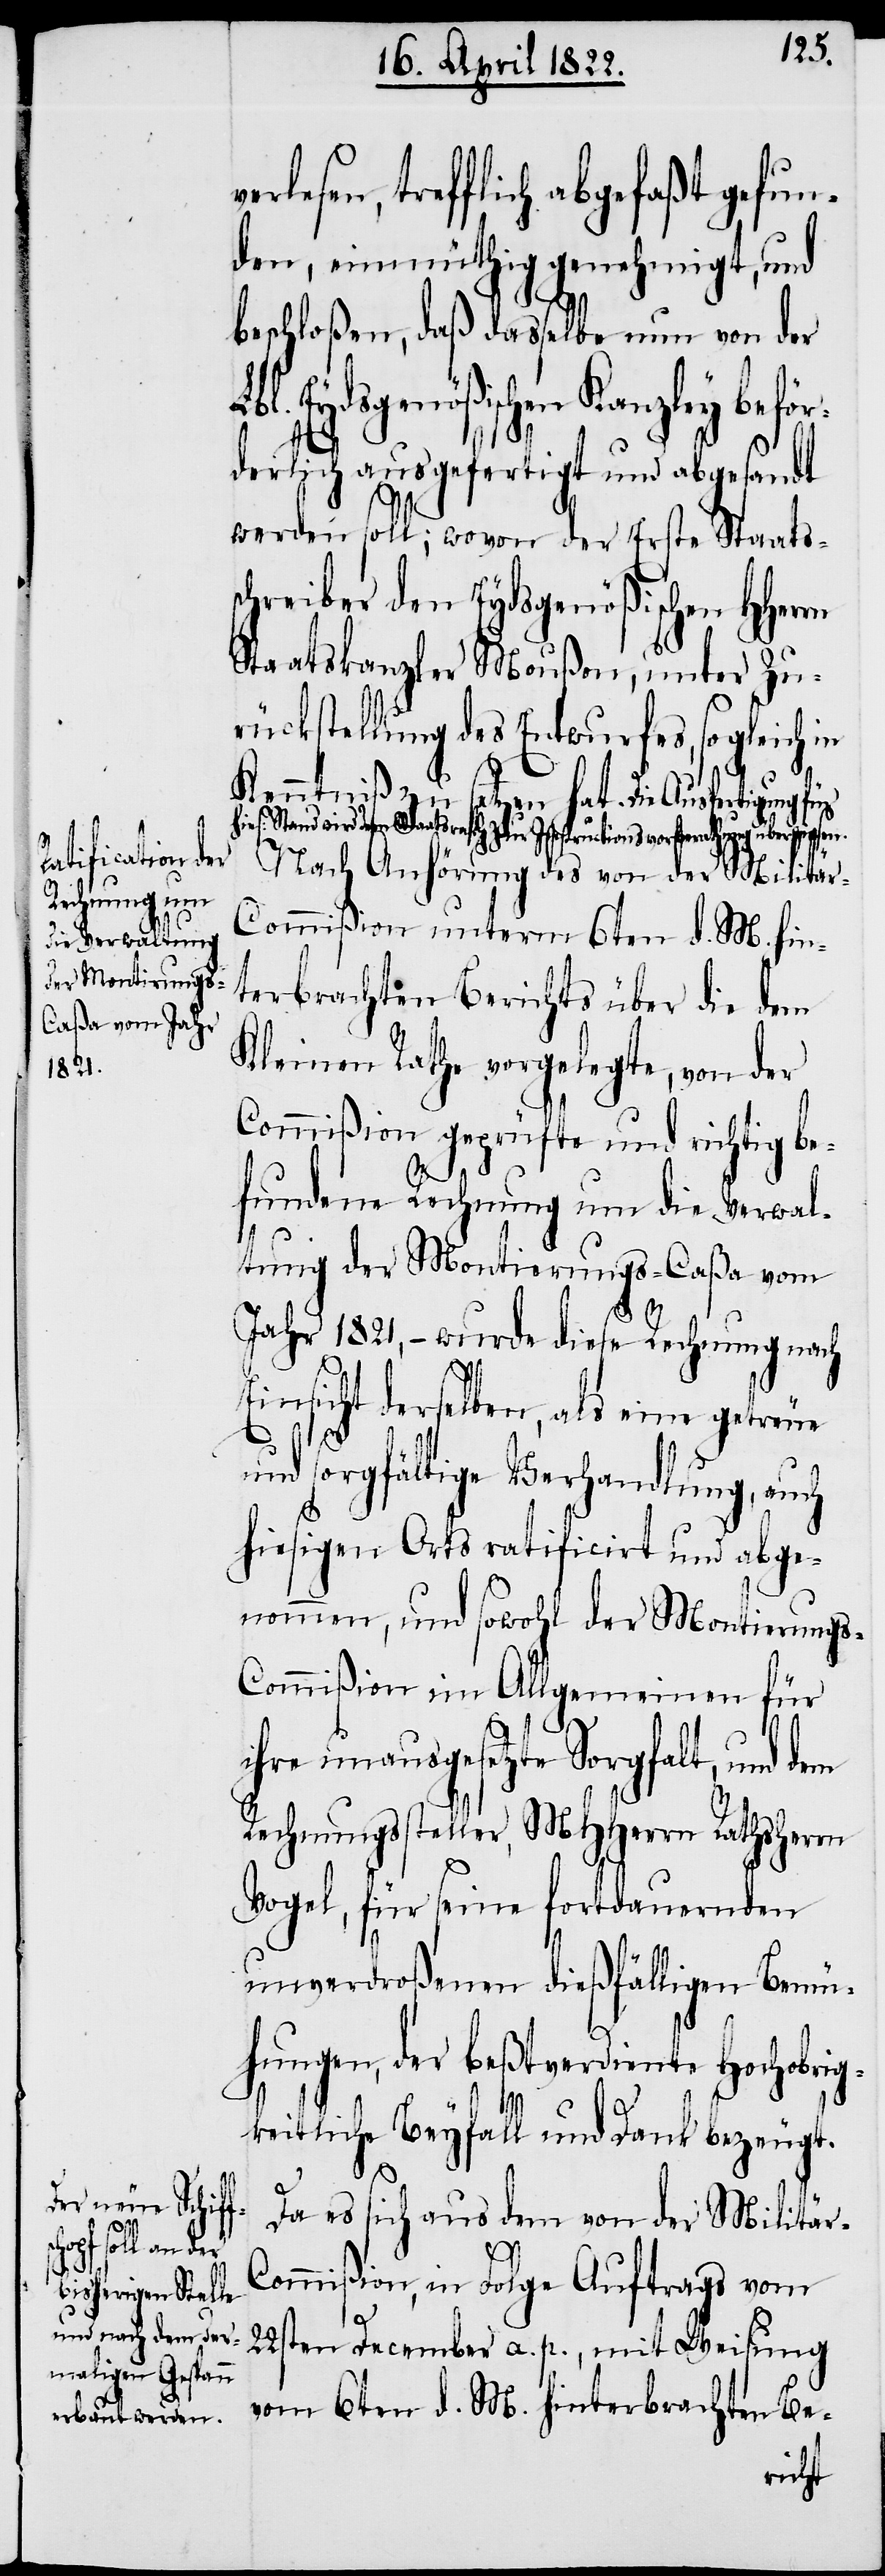
fortdauernden

lesen, trefflich abgefaßt gefun¬
den, einmüthig genehmigt, und
beschloßen, daß dasselbe nun von der
Eydsgenößischen Kanzley befö¬
rderlich ausgefertigt und abgesandt
werden soll; wovon der Erste Staats¬
schreiber den Eydsgenößischen HHerrn
Staatskanzler Moußon, unter Zu¬
rückstellung des Entwurfes, sogleich in
Kenntniß zu setzen hat. Die Ausfertigung f¬
ies: Stand wird dem Staatsrath zur Instructionsvorberathung überwiesen.
Nach Anhörung des von der Militä¬
r-Commißion unterm 6ten d. M. hin¬
terbrachten Berichts über die dem
Kleinen Rathe vorgelegte, von der
Commißion geprüfte und richtig be¬
fundene Rechnung um die Verwal¬
tung der Montierungs-Caßa vom
Jahr 1821, – wurde diese Rechnung nach
Einsicht derselben, als eine getreue
r-C¬
h¬
und sorgfältige Verhandlung, auch
hiesigen Orts ratificirt und abge¬
nommen, und sowohl der Montierungs-C¬
ommißion im Allgemeinen für
unverdroßenen dießfälligen Bemü¬
hungen, der beßtverdiente Hochobrig¬
keitliche Beyfall und Dank bezeugt.
Da es sich aus dem von der Militä¬
ommißion, in Folge Auftrags vom
22sten December a. p., mit Weisung
vom 6ten d. M. hinterbrachten Be-